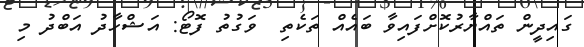
ގައިދީން ތައްޔާރުކޮށްފައިވާ ބައެއް ތަކެތި  ވަގުތު ފޮޓޯ: އަޝްހާދު އަބްދު މި